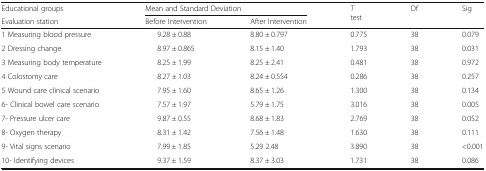
<table><thead><tr><td><b>Educational groups</b></td><td colspan="2"><b>Mean and Standard Deviation</b></td><td rowspan="2"><b><i>T</i> test</b></td><td rowspan="2"><b>Df</b></td><td rowspan="2"><b>Sig</b></td></tr><tr><td><b>Evaluation station</b></td><td><b>Before Intervention</b></td><td><b>After Intervention</b></td></tr></thead><tbody><tr><td>1 Measuring blood pressure</td><td>9.28 ± 0.88</td><td>8.80 ± 0.797</td><td>0.775</td><td>38</td><td>0.079</td></tr><tr><td>2 Dressing change</td><td>8.97 ± 0.865</td><td>8.15 ± 1.40</td><td>1.793</td><td>38</td><td>0.031</td></tr><tr><td>3 Measuring body temperature</td><td>8.25 ± 1.99</td><td>8.25 ± 2.41</td><td>0.481</td><td>38</td><td>0.972</td></tr><tr><td>4 Colostomy care</td><td>8.27 ± 1.03</td><td>8.24 ± 0.554</td><td>0.286</td><td>38</td><td>0.257</td></tr><tr><td>5 Wound care clinical scenario</td><td>7.95 ± 1.60</td><td>8.65 ± 1.26</td><td>1.300</td><td>38</td><td>0.134</td></tr><tr><td>6- Clinical bowel care scenario</td><td>7.57 ± 1.97</td><td>5.79 ± 1.75</td><td>3.016</td><td>38</td><td>0.005</td></tr><tr><td>7- Pressure ulcer care</td><td>9.87 ± 0.55</td><td>8.68 ± 1.83</td><td>2.769</td><td>38</td><td>0.052</td></tr><tr><td>8- Oxygen therapy</td><td>8.31 ± 1.42</td><td>7.56 ± 1.48</td><td>1.630</td><td>38</td><td>0.111</td></tr><tr><td>9- Vital signs scenario</td><td>7.99 ± 1.85</td><td>5.29 2.48</td><td>3.890</td><td>38</td><td>&lt;0.001</td></tr><tr><td>10- Identifying devices</td><td>9.37 ± 1.59</td><td>8.37 ± 3.03</td><td>1.731</td><td>38</td><td>0.086</td></tr></tbody></table>